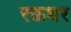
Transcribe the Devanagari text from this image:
रक्तधर